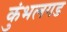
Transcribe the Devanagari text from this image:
कुंभलगड